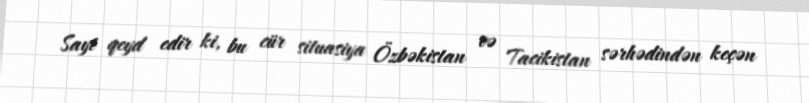
Sayt qeyd edir ki, bu cür situasiya Özbəkistan və Tacikistan sərhədindən keçən